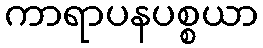
ကာရာပနပစ္စယာ